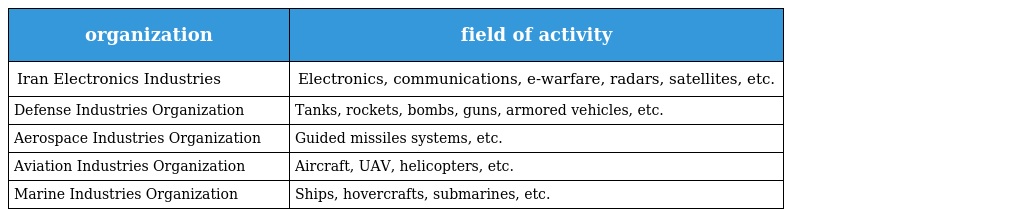
| organization | field of activity |
 | --- | --- |
 | Iran Electronics Industries | Electronics, communications, e-warfare, radars, satellites, etc. |
 | Defense Industries Organization | Tanks, rockets, bombs, guns, armored vehicles, etc. |
 | Aerospace Industries Organization | Guided missiles systems, etc. |
 | Aviation Industries Organization | Aircraft, UAV, helicopters, etc. |
 | Marine Industries Organization | Ships, hovercrafts, submarines, etc. |